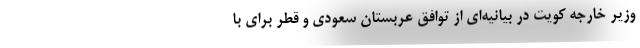
وزیر خارجه کویت در بیانیه‌ای از توافق عربستان سعودی و قطر برای با